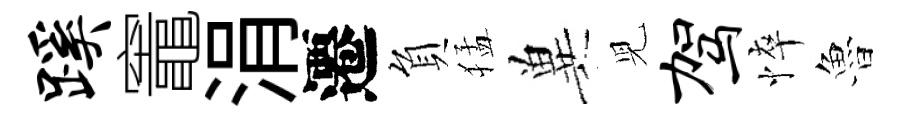
蹊竈涓遷負猛兾児驾悴魯